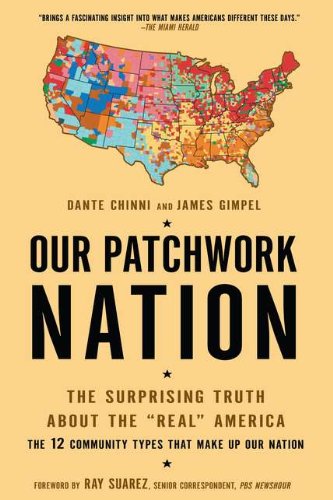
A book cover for Our Patchwork Nation: The Surprising Truth About the "Real" America; Dante Chinni; Politics & Social Sciences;